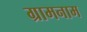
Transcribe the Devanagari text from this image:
ग्रामनाम